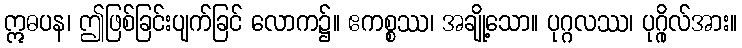
ဣဓပန၊ ဤဖြစ်ခြင်းပျက်ခြင် လောက၌။ ဧကစ္စဿ၊ အချို့သော။ ပုဂ္ဂလဿ၊ ပုဂ္ဂိုလ်အား။